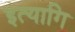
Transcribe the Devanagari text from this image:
इत्यागि